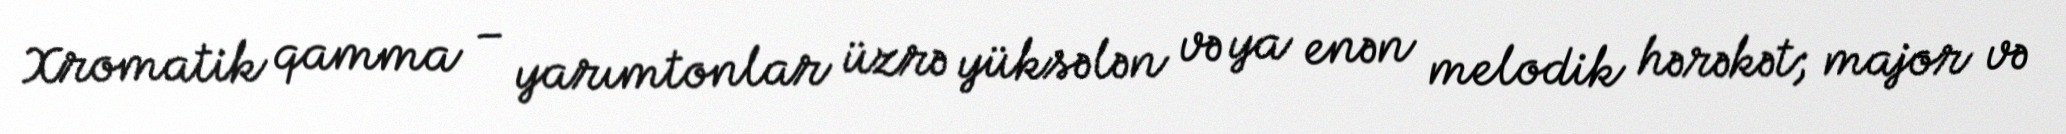
Xromatik qamma – yarımtonlar üzrə yüksələn və ya enən melodik hərəkət; major və